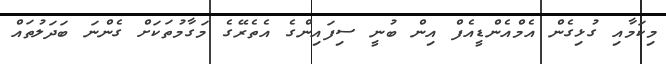
މިކަމާއި ގުޅިގެން އެމްއެންޑީއެފް އިން ބުނީ ސިފައިންގެ އެތެރޭގެ މަގާމުތަކަށް ގެންނަ ބަދަލުތައް